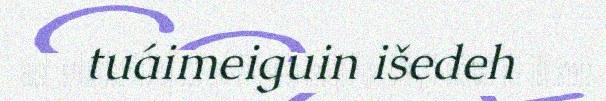
tuáimeiguin išedeh